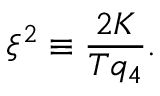
\begin{array} { l } { \displaystyle { \xi ^ { 2 } \equiv \frac { 2 K } { T q _ { 4 } } . } } \end{array}